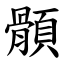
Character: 顝